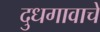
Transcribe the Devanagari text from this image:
दुधगावाचे